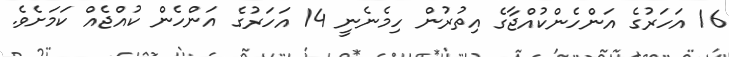
16 އަހަރުގެ އަންހެންކުއްޖާގެ އިތުރުން ހިމެނެނީ 14 އަހަރުގެ އަންހެން ކުއްޖެއް ކަމަށެވެ.